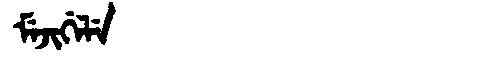
Manchu: ᠮᡝᠵᡳᡤᡝᠯᡝ
Romanization: MEJIGELE